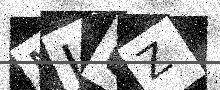
Text: MJUZ